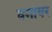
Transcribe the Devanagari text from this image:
वनावर